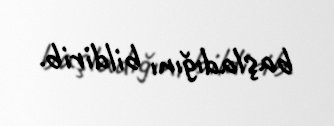
başladığını bildirib.